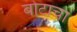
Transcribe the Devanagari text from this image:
बोटाचा